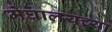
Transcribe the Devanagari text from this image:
मेघालयच्या